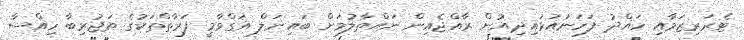
ޓެރަރިޒަމާއި ހައްދު ފަހަނައަޅައިދިއުން ރާއްޖެއިން ނައްތާލުމަށް ބައިނަލް އަގްވާމީ ފަރާތްތަކުގެ ތަޖުރިބާ ހިއްސާ